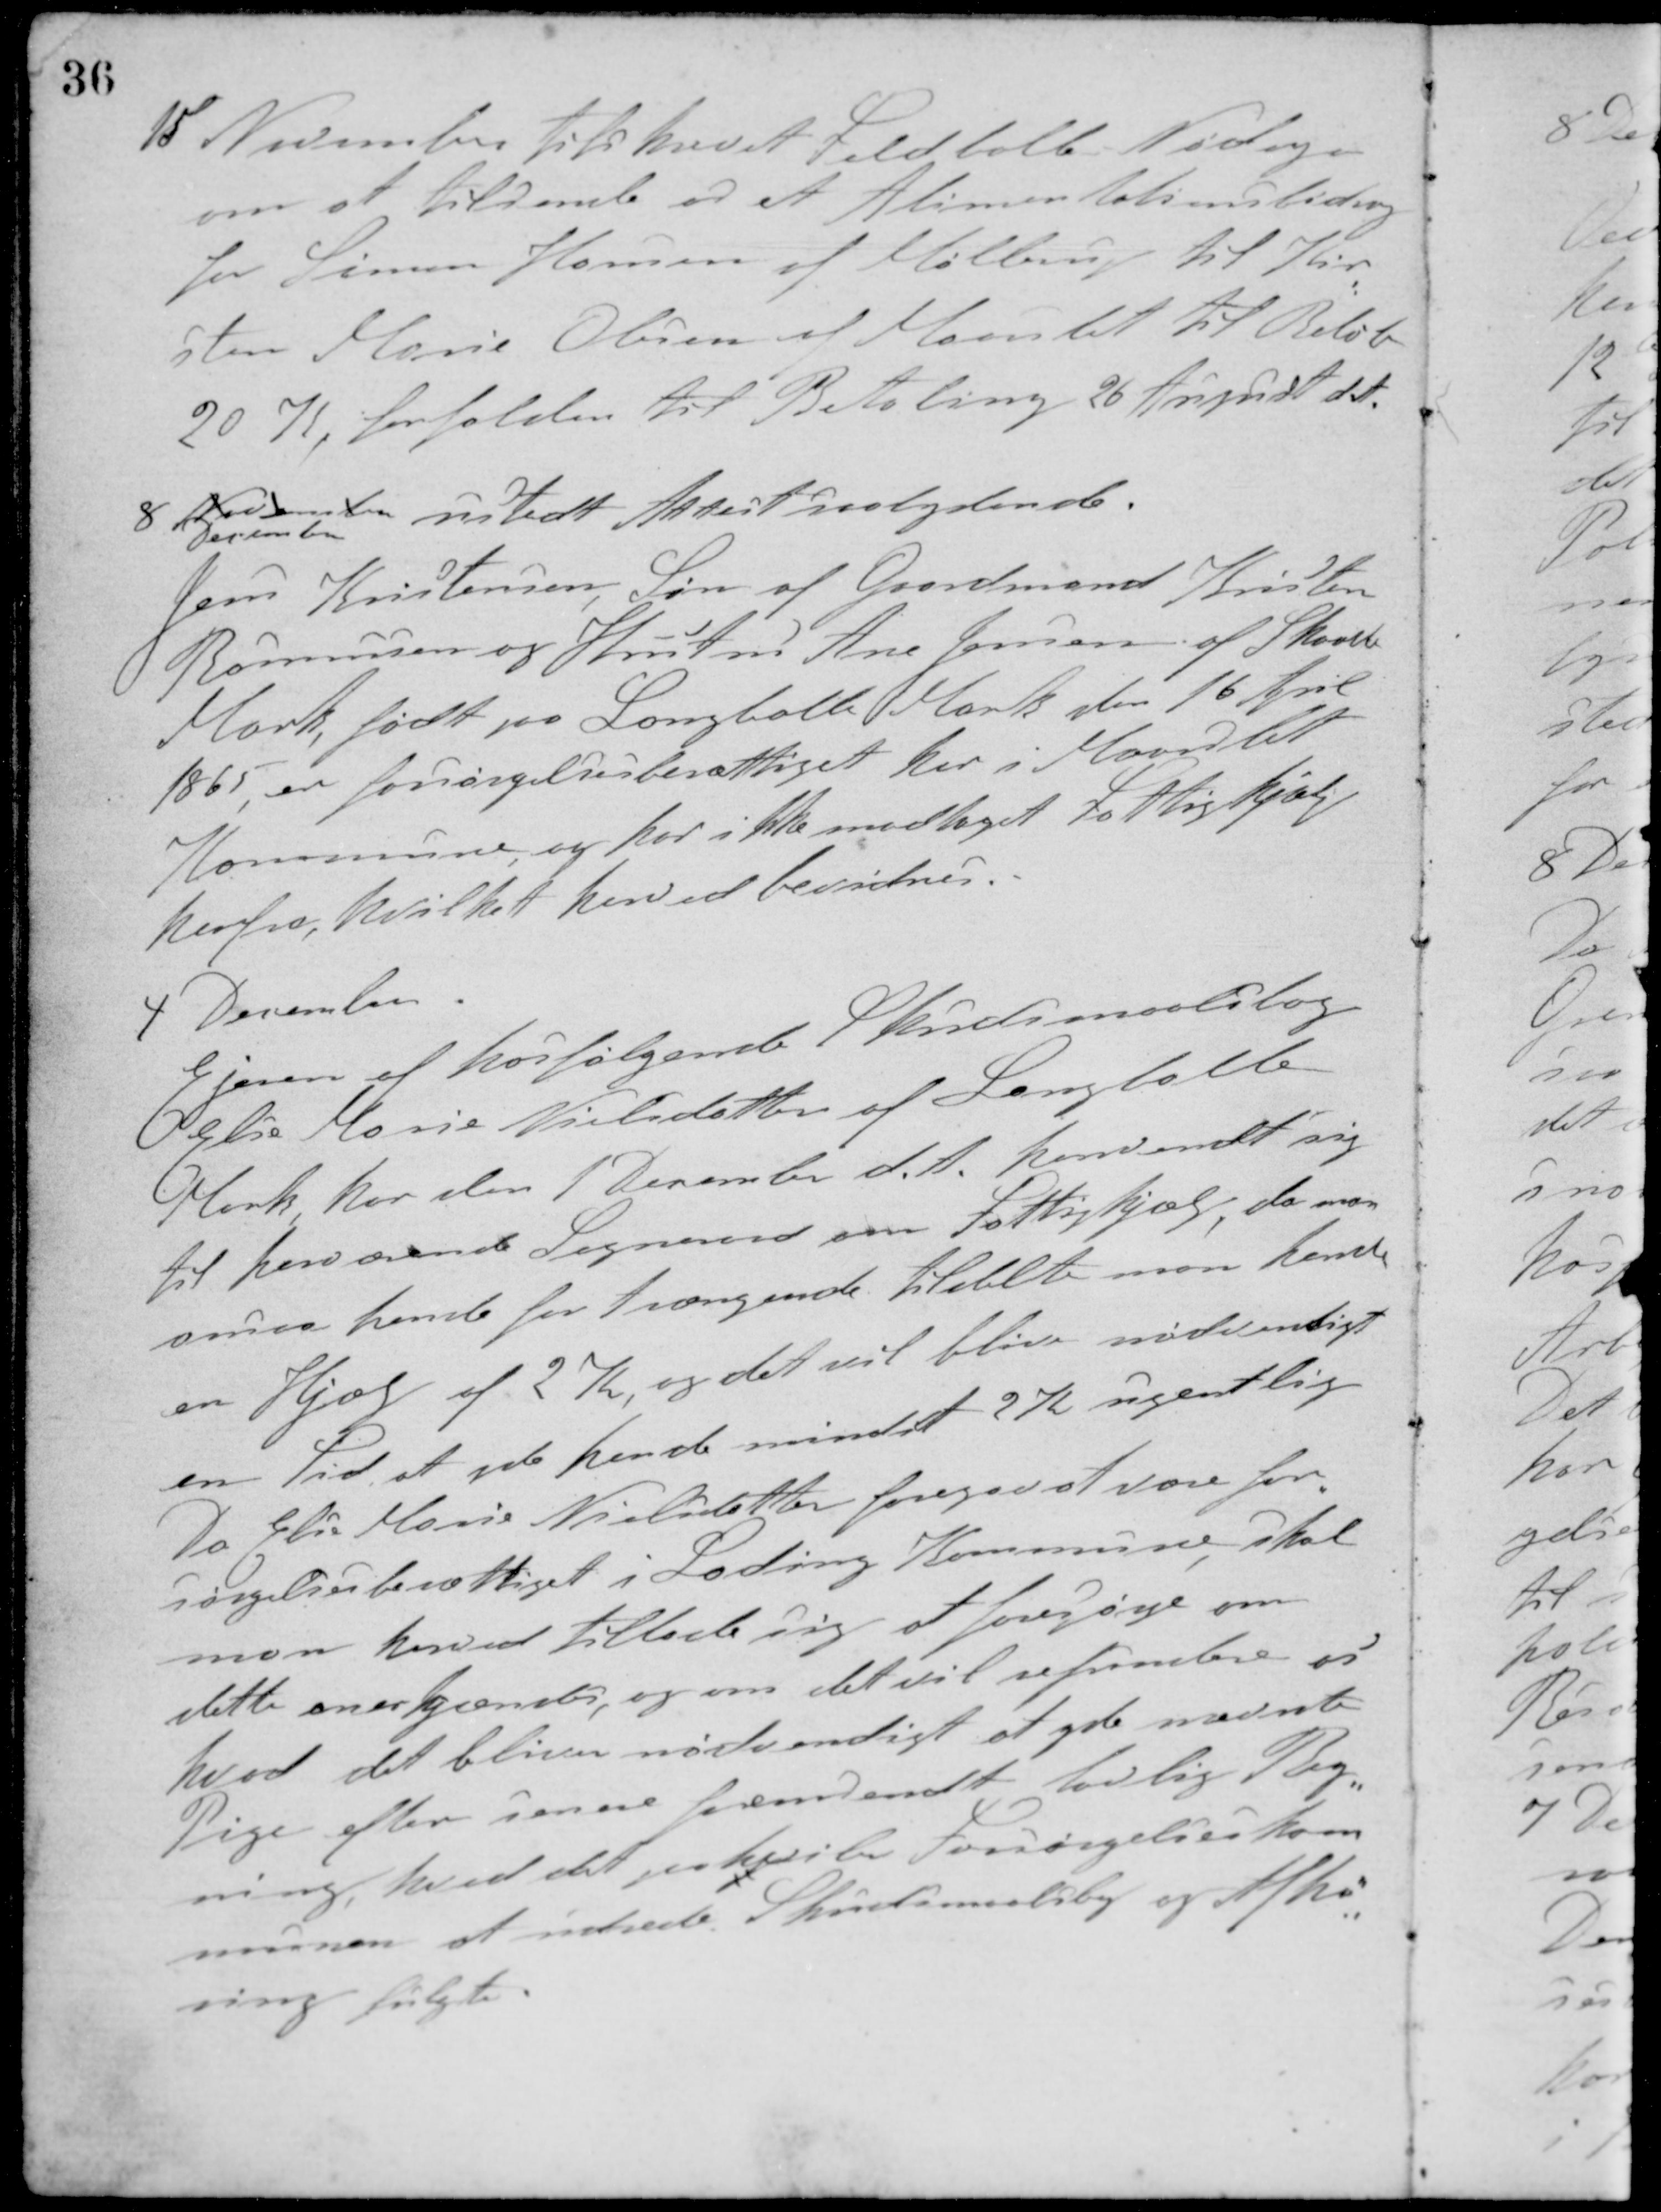
Transskription:
15 November tilskrevet Feldballe-Nødager
om at tilsende os et Alimentationsbidrag
for Simon Hansen af Møllerup til Kir-
sten Marie Olesen af Maarslet til Beløb
20 K. forfalden til Betaling 26 August d. A.
8 November
December
udstedt Attest saalydende.
Jens Kristensen, Søn af Gaardmand Kristen
Rasmusen og Hustru Ane Jensen af Skaade
Mark født på Langballe Mark den 16 April
1865, er forsørgelsesberettiget her i Maarslet
Kommune, og har ikke modtaget Fattighjælp
herfra, hvilket herved bevidnes.
4 December
Ejeren af hosfølgende Skudsmaalsbog
Else Marie Nielsdatter af Langballe
Mark, har den 1 December d. A. henvendt sig
til herværende Sogneraad om Fattighjælp, da man
ansaa hende for trængende tildelte man hende
en Hjælp af 2 K., og det vil blive nødvendigt
en Tid, at yde hende mindst 2 K. ugentlig
Da Else Marie Nielsdatter foregav at være for-
sørgelsesberettiget i Lading Kommune skal
man herved tillade sig at forespørge om
dette anerkjendes, og om det vil refundere os
hvad det bliver nødvendigt at yde nævnte
Pige efter senere fremsendt lovlig Reg-
ning, hvad det paahviler Forsørgelseskom-
munen at udrede. Skudsmaalsbog og Afhø-
ring fulgte.